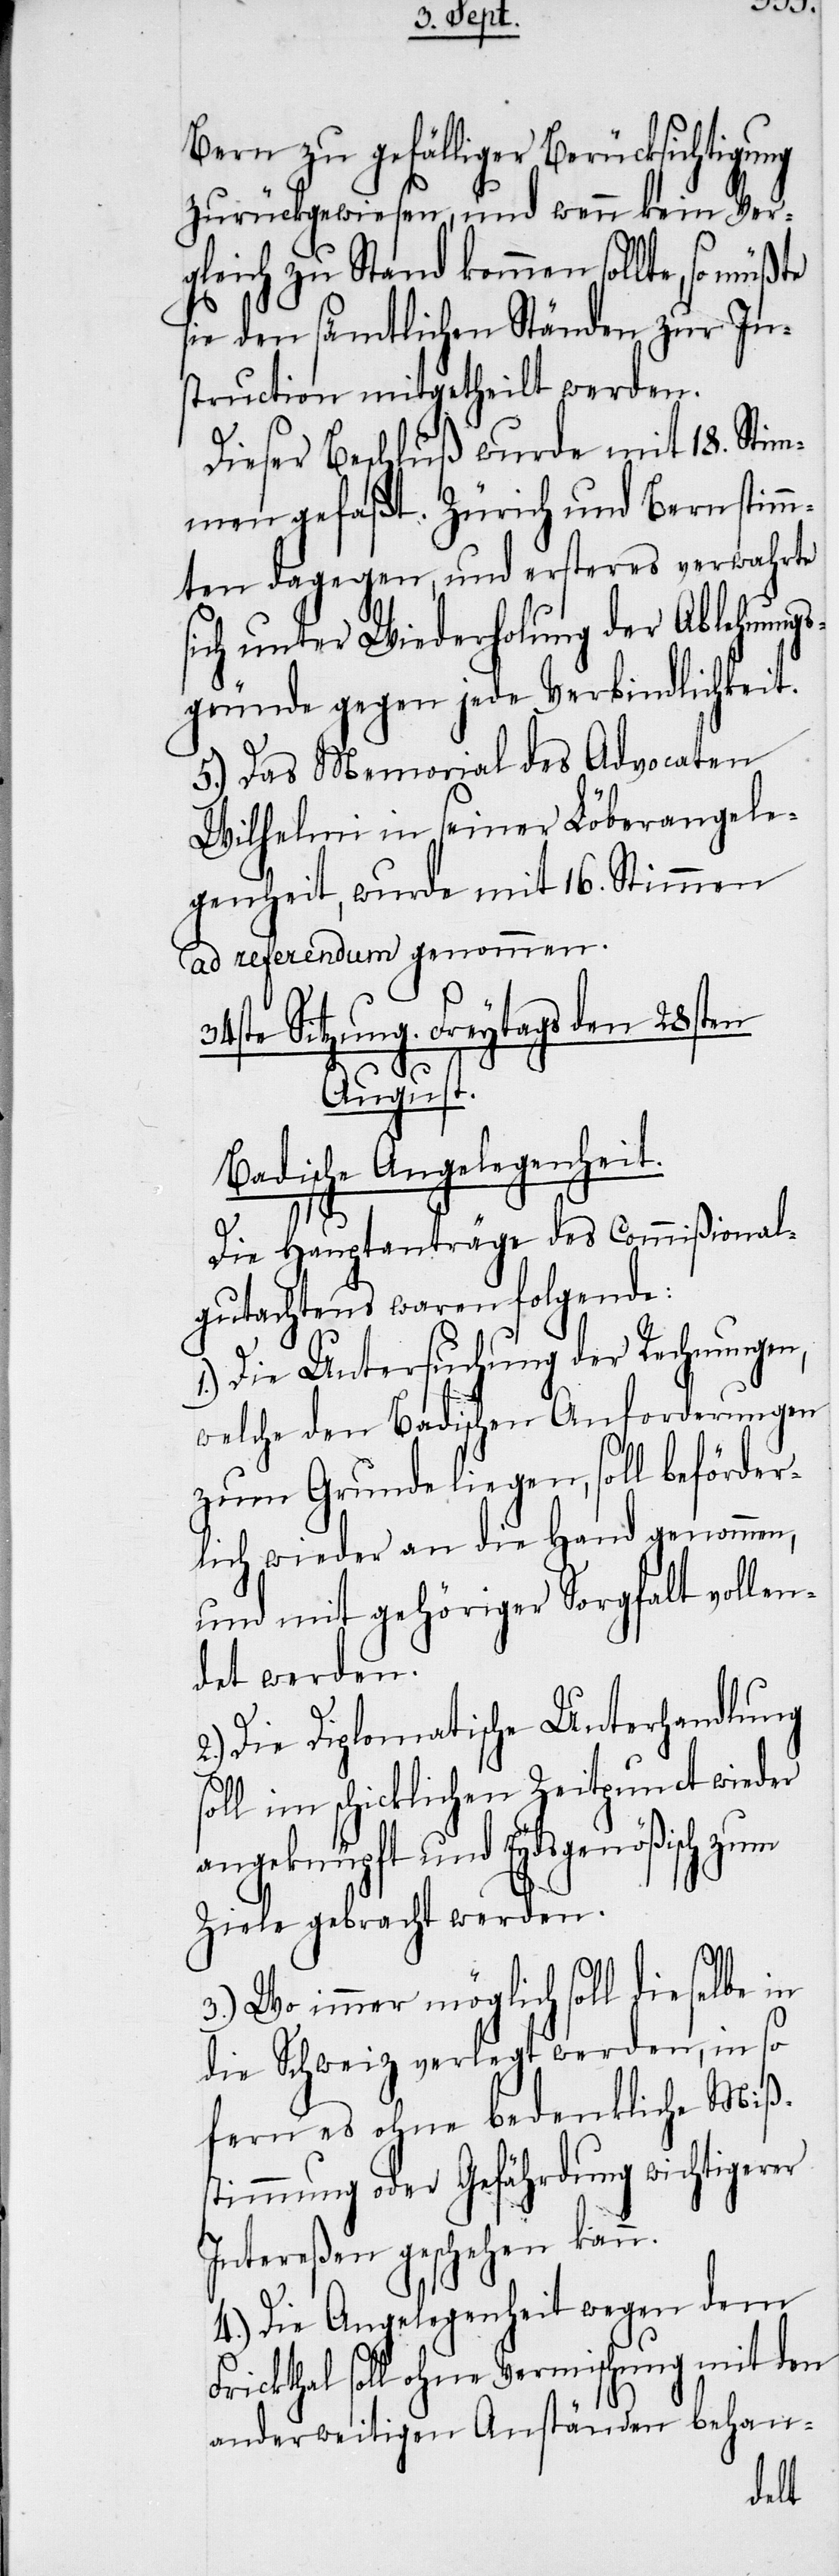
Bern zu gefälliger Berücksichtigung
zurückgewiesen, und wenn kein Ver¬
gleich zu Stand kommen sollte, so
sie den sämtlichen Ständen zur In¬
struction mitgetheilt werden.
Dieser Beschluß wurde mit 18. Stim¬
men gefaßt. Zürich und Bern stimm¬
ten dagegen, und ersteres verwahrte
sich unter Wiederholung der Ablehnungs¬
gründe gegen jede Verbindlichkeit.
5.) Das Memorial des Advocaten
Wilhelmi in seiner Löberangele¬
genheit, wurde mit 16. Stimmen
ad referendum genommen.
34ste Sitzung. Freytags den 28sten
August.
Badische Angelegenheit.
Die Hauptanträge des Commißional¬
gutachtens waren folgende:
Die Untersuchung der Rechnungen,
welche den Badischen Anforderungen
zum Grunde liegen, soll beförder¬
lich wieder an die Hand genommen,
und mit gehöriger Sorgfalt vollen¬
det werden.
2.) Die Diplomatische Unterhandlung
soll im schicklichen Zeitpunct wieder
angeknüpft und Eydsgenößisch zum
Ziele gebracht werden.
3.) Wo immer möglich soll dieselbe in
die Schweiz verlegt werden, in so
fern es ohne bedenkliche Miß¬
stimmung oder Gefährdung wichtigerer
Intereßen geschehen kann.
4.) Die Angelegenheit wegen dem
Frickthal soll ohne Vermischung mit den
anderweitigen Anständen behan-